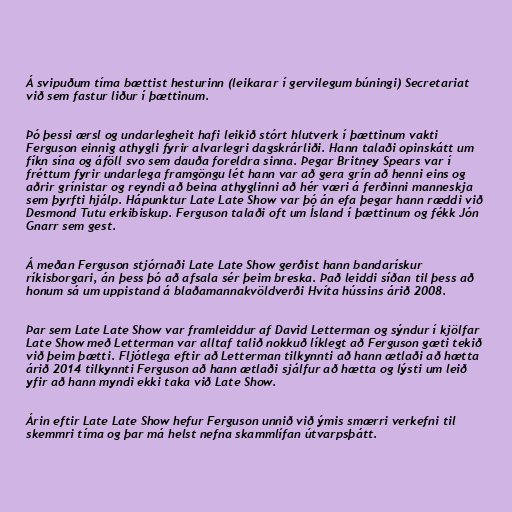
Á svipuðum tíma bættist hesturinn (leikarar í gervilegum búningi) Secretariat
við sem fastur liður í þættinum.

Þó þessi ærsl og undarlegheit hafi leikið stórt hlutverk í þættinum vakti
Ferguson einnig athygli fyrir alvarlegri dagskrárliði. Hann talaði opinskátt um
fíkn sína og áföll svo sem dauða foreldra sinna. Þegar Britney Spears var í
fréttum fyrir undarlega framgöngu lét hann var að gera grín að henni eins og
aðrir grínistar og reyndi að beina athyglinni að hér væri á ferðinni manneskja
sem þyrfti hjálp. Hápunktur Late Late Show var þó án efa þegar hann ræddi við
Desmond Tutu erkibiskup. Ferguson talaði oft um Ísland í þættinum og fékk Jón
Gnarr sem gest.

Á meðan Ferguson stjórnaði Late Late Show gerðist hann bandarískur
ríkisborgari, án þess þó að afsala sér þeim breska. Það leiddi síðan til þess að
honum sá um uppistand á blaðamannakvöldverði Hvíta hússins árið 2008.

Þar sem Late Late Show var framleiddur af David Letterman og sýndur í kjölfar
Late Show með Letterman var alltaf talið nokkuð líklegt að Ferguson gæti tekið
við þeim þætti. Fljótlega eftir að Letterman tilkynnti að hann ætlaði að hætta
árið 2014 tilkynnti Ferguson að hann ætlaði sjálfur að hætta og lýsti um leið
yfir að hann myndi ekki taka við Late Show.

Árin eftir Late Late Show hefur Ferguson unnið við ýmis smærri verkefni til
skemmri tíma og þar má helst nefna skammlífan útvarpsþátt.